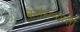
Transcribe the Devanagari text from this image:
कर्मसंन्यासी